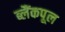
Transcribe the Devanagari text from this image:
ब्लैंकपूल